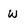
Character: w